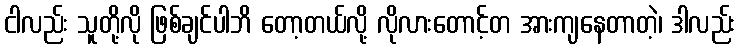
ငါလည်း သူတို့လို ဖြစ်ချင်ပါဘိ တော့တယ်လို့ လိုလားတောင့်တ အားကျနေတာတဲ့၊ ဒါလည်း